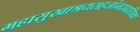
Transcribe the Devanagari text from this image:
महासुखाश्रयसहजांनदप्रदायिका